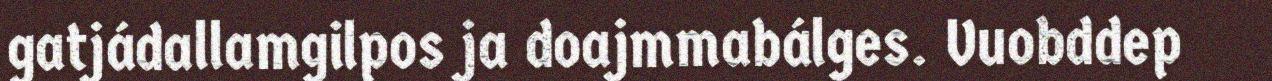
gatjádallamgilpos ja doajmmabálges. Vuobddep